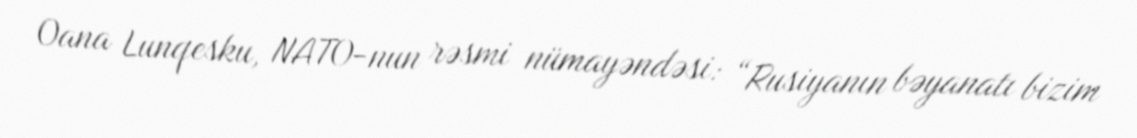
Oana Lunqesku, NATO-nun rəsmi nümayəndəsi: “Rusiyanın bəyanatı bizim